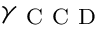
\gamma _ { \mathrm { ~ C ~ C ~ D ~ } }